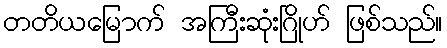
တတိယမြောက် အကြီးဆုံးဂြိုဟ် ဖြစ်သည်။